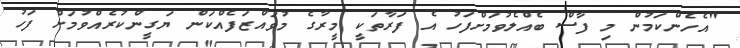
"އެހެންކަމުން މި ފާސް ބެއްލެވުމަށްފަހު އެ ފަރާތަކީ މީރާގެ މުވައްޒަފެއްކަން ޔަގީންކުރެއްވުމަށް ފަހު